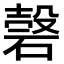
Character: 𥔼